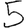
Digit: 5